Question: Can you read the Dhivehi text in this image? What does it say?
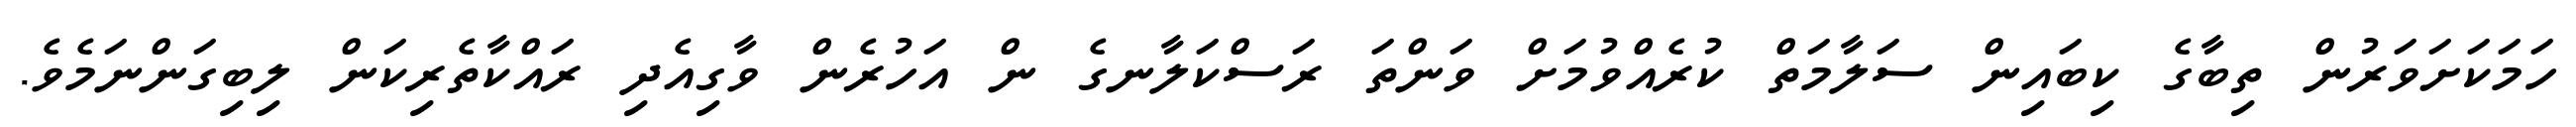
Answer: ހަމަކަށަވަރުން ތިބާގެ ކިބައިން ސަލާމަތް ކުރެއްވުމަށް ވަންތަ ރަސްކަލާނގެ ން އަހުރެން ވާގިއެދި ރައްކާތެރިކަން ލިބިގަންނަމެވެ.